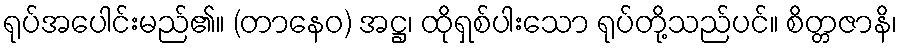
ရုပ်အပေါင်းမည်၏။ (တာနေဝ) အဋ္ဌ၊ ထိုရှစ်ပါးသော ရုပ်တို့သည်ပင်။ စိတ္တဇာနိ၊